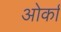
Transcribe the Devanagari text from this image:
ओर्का